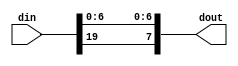
module Align #(
    parameter               Width = 20,
    parameter               BP_S0 = 1,
    parameter               BP_S1 = 1,
    parameter               BP_D = 2
)   (
    input   wire    [Width-1:0]  din,
    output  wire    [7:0]        dout
);

generate
    if(BP_S1 + BP_S0 < BP_D) begin : left_shift_boom

        wire [BP_D - BP_S0 - BP_S1 - 1: 0] zero;
        assign zero = 0;
        assign dout[6:0] = {din[6 - (BP_D - BP_S0 - BP_S1) : 0],zero};

    end else if(BP_S0 + BP_S1 > BP_D + Width - 8) begin : right_shift_boom

        wire [BP_S0 + BP_S1 - BP_D - Width + 7: 0] zero;
        assign zero = 0;
        assign dout[6:0] = din[BP_S0 + BP_S1 - BP_D - 1] ? {zero,din[Width - 2 : BP_S0 + BP_S1 - BP_D]} + 1'b1 : {zero,din[Width - 2 : BP_S0 + BP_S1 - BP_D]};

    end else begin : no_shift

        assign dout[6:0] = din[BP_S0 + BP_S1 - BP_D - 1] ? din[6 - BP_D + BP_S0 + BP_S1 : BP_S0 + BP_S1 - BP_D] + 1'b1 : din[6 - BP_D + BP_S0 + BP_S1 : BP_S0 + BP_S1 - BP_D];

    end
endgenerate

assign dout[7] = din[Width - 1];

endmodule